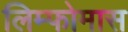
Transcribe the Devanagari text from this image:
लिम्‍फोमास